Civil Veterinary Dept. Bombay admin report 1932-41 - 1932-1941
Year: 1932
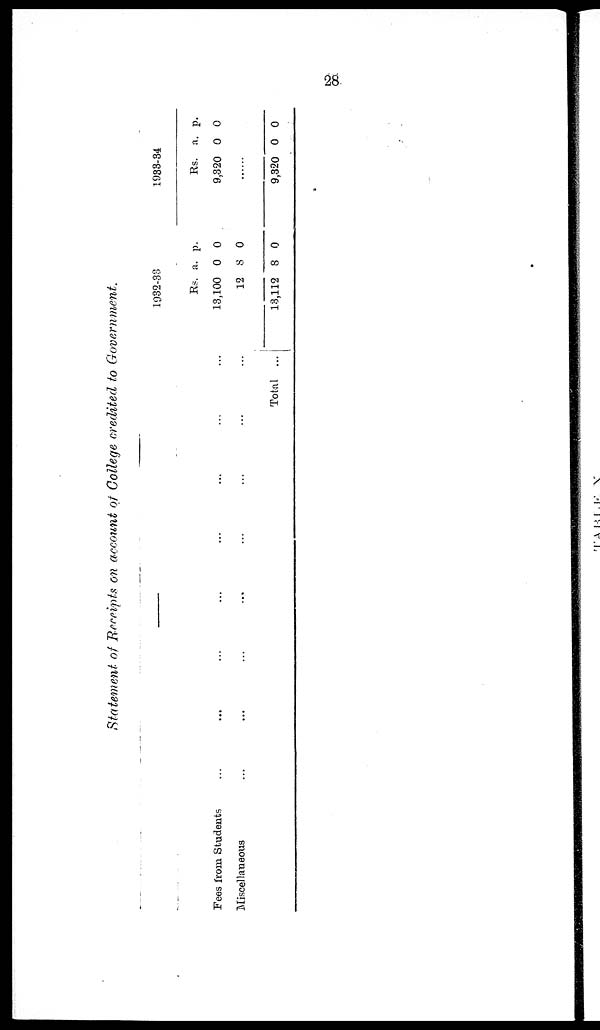
28
Statement of Receipts on account of College credited to Government.
—
Fees from Students ... ... ... ... ... ... ... ...
Miscellaneous ... ... ... ... ... ... ... ...
Total ...
1982-38
Rs.
13,100
12
13,112
a.
0
8
8
p.
0
0
0
1933-34
Rs.
9,320
a.
0
p.
0
......
9,320 0 0